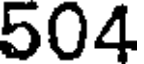
504